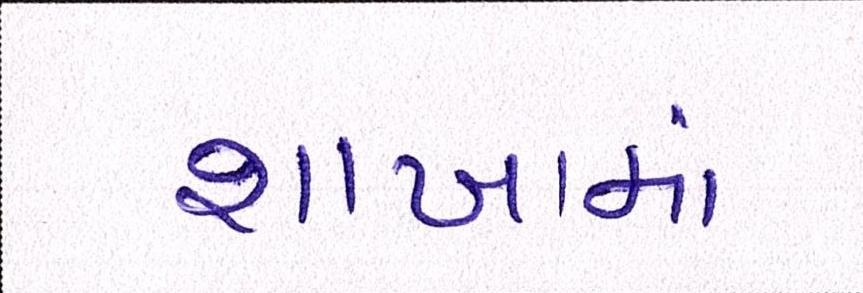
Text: શાખામાં